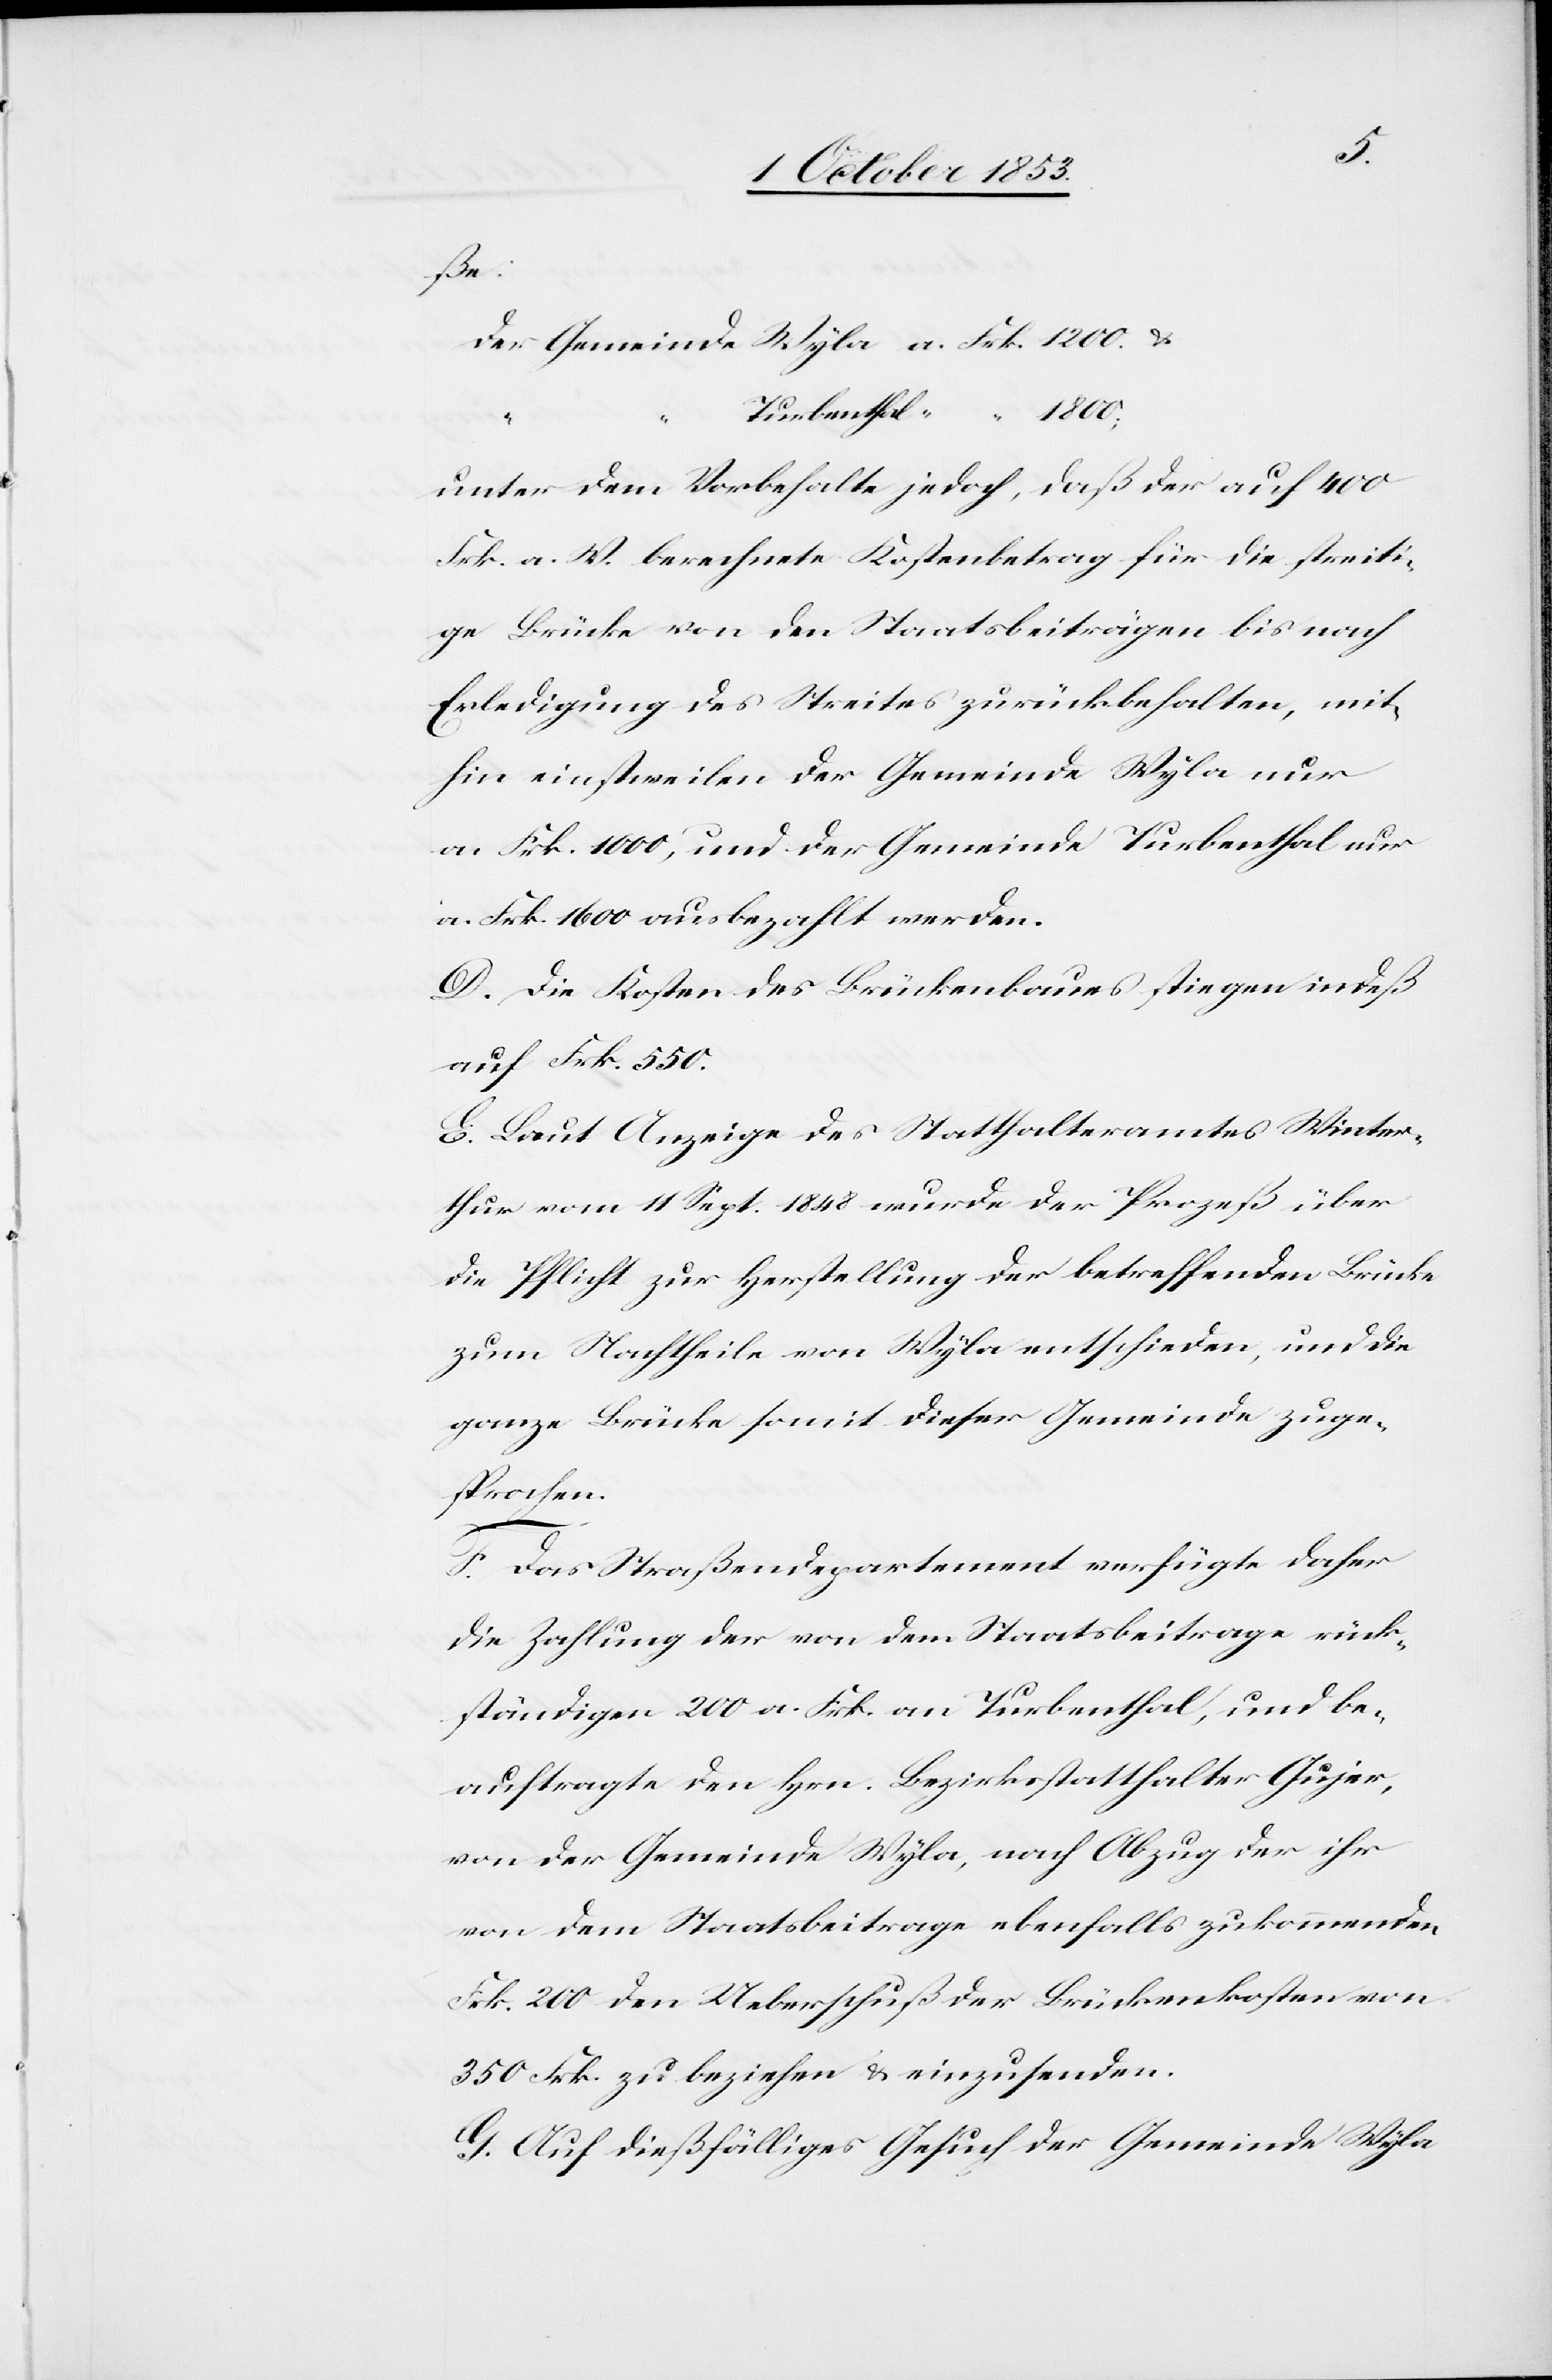
ße:
Der Gemeinde Wyla 	a. Frk. 1200. U.
unter dem Vorbehalt jedoch, daß der auf 400
Frk a. W. berechnete Kostenbeitrag für die streiti¬
ge Brücke von den Staatsbeiträgen bis nach
Erledigung des Streites zurückbehalten, mit¬
hin einstweilen der Gemeinde Wyla nur
a. Frk. 1000, und der Gemeinde Turbenthal nur
a. Frk. 1600 ausbezahlt werden.
D. Die Kosten des Brückenbaues stiegen indeß
auf Frk. 550.
E. Laut Anzeige des Statthalteramtes Winter¬
thur vom 11 Sept. 1848 wurde der Prozeß über
die Pflicht zur Herstellung der betreffenden Brücke
zum Nachtheile von Wyla entschieden, und die
ganze Brücke somit dieser Gemeinde zuge¬
sprochen.
F. Das Straßendepartement verfügte daher
die Zahlung der von dem Staatsbeitrage rück¬
ständigen 200 a. Frk. an Turbenthal, und be¬
auftragte den Hrn. Bezirksstatthalter Gujer,
von der Gemeinde Wyla, nach Abzug der ihr
von dem Staatsbeitrage ebenfalls zukommenden
Frk. 200 den Ueberschuß der Brückenkosten von
350 Frk. zu beziehen u. einzusenden.
G. Auf dießfälliges Gesuch der Gemeinde Wyla